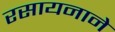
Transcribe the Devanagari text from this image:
रसायनाने